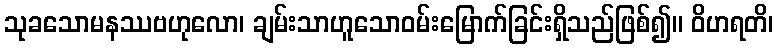
သုခသောမနဿဗဟုလော၊ ချမ်းသာဟူသောဝမ်းမြောက်ခြင်းရှိသည်ဖြစ်၍။ ဝိဟရတိ၊